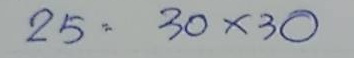
25 = 30 x 30